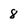
Character: 8